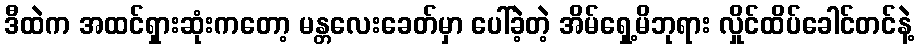
ဒီထဲက အထင်ရှားဆုံးကတော့ မန္တလေးခေတ်မှာ ပေါ်ခဲ့တဲ့ အိမ်ရှေ့မိဘုရား လှိုင်ထိပ်ခေါင်တင်နဲ့